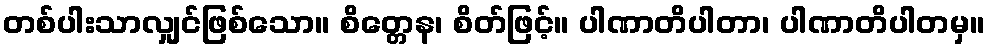
တစ်ပါးသာလျှင်ဖြစ်သော။ စိတ္တေန၊ စိတ်ဖြင့်။ ပါဏာတိပါတာ၊ ပါဏာတိပါတမှ။